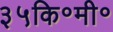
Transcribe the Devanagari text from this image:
३५कि॰मी॰